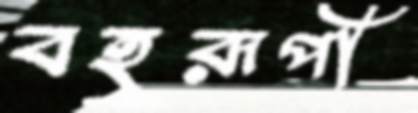
বহুরূপী